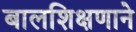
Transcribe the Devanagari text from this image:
बालशिक्षणाने